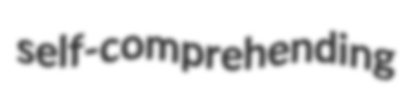
self-comprehending